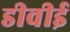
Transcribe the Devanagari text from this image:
डीवीई